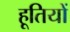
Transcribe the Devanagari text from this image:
हूतियों